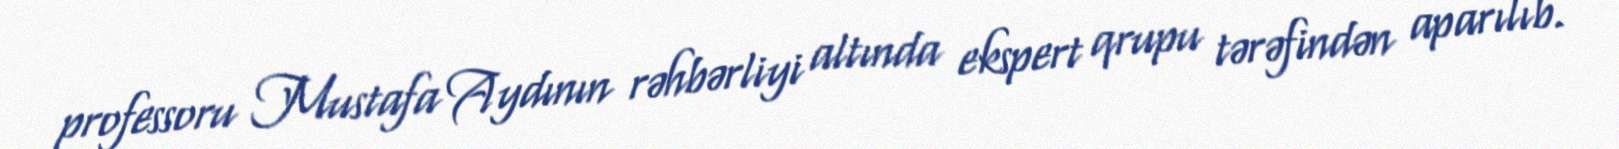
professoru Mustafa Aydının rəhbərliyi altında ekspert qrupu tərəfindən aparılıb.